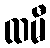
ထမီ